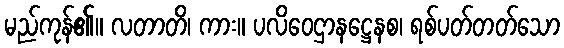
မည်ကုန်၏။ လတာတိ၊ ကား။ ပလိဝေဌာနဋ္ဌေနစ၊ ရစ်ပတ်တတ်သော